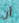
أن